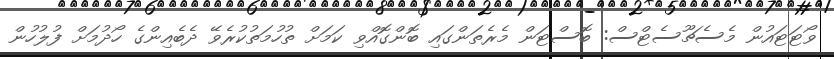
ވޯޓަޓައުން މެސެޗޫސެޓްސް: ބޮސްޓަން މެރެތަންގައި ބޮންގޮއްވި ކަމަށް ތުހުމަތުކުރެވޭ ދެބެއިންގެ ހޯދުމަށް ފުލުހުން